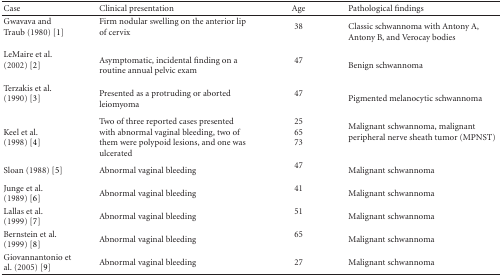
<table><thead><tr><td><b>Case</b></td><td><b>Clinical presentation</b></td><td><b>Age</b></td><td><b>Pathological findings</b></td></tr></thead><tbody><tr><td>Gwavava and Traub (1980) [1]</td><td>Firm nodular swelling on the anterior lip of cervix</td><td>38</td><td>Classic schwannoma with Antony A, Antony B, and Verocay bodies</td></tr><tr><td>LeMaire et al. (2002) [2]</td><td>Asymptomatic, incidental finding on a routine annual pelvic exam</td><td>47</td><td>Benign schwannoma</td></tr><tr><td>Terzakis et al. (1990) [3]</td><td>Presented as a protruding or aborted leiomyoma</td><td>47</td><td>Pigmented melanocytic schwannoma</td></tr><tr><td>Keel et al. (1998) [4]</td><td>Two of three reported cases presented with abnormal vaginal bleeding, two of them were polypoid lesions, and one was ulcerated</td><td>256573</td><td>Malignant schwannoma, malignant peripheral nerve sheath tumor (MPNST)</td></tr><tr><td>Sloan (1988) [5]</td><td>Abnormal vaginal bleeding</td><td>47</td><td>Malignant schwannoma</td></tr><tr><td>Junge et al. (1989) [6]</td><td>Abnormal vaginal bleeding</td><td>41</td><td>Malignant schwannoma</td></tr><tr><td>Lallas et al. (1999) [7]</td><td>Abnormal vaginal bleeding</td><td>51</td><td>Malignant schwannoma</td></tr><tr><td>Bernstein et al. (1999) [8]</td><td>Abnormal vaginal bleeding</td><td>65</td><td>Malignant schwannoma</td></tr><tr><td>Giovannantonio et al. (2005) [9]</td><td>Abnormal vaginal bleeding</td><td>27</td><td>Malignant schwannoma</td></tr></tbody></table>